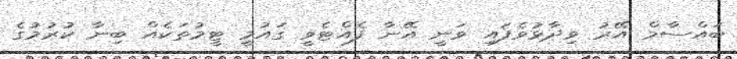
ބައްސާމް އޭރު ވިދާޅުވެފައި ވަނީ އޭނާ ފެއްޓެވީ ގައުމީ ޓީމުތަކެއް ބިނާ ކުރުމުގެ